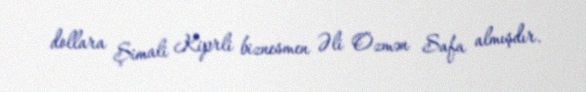
dollara Şimali Kiprli biznesmen Əli Özmən Safa almışdır.